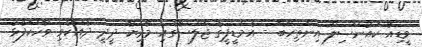
ވީޑިއޯ ކައުންސިލް އިންތިހާބް - އެމްޑީޕީގެ ޖަލްސާގައި މާރިޔާ ދީދީ ދެއްކެވި ވާހަކަފުޅު